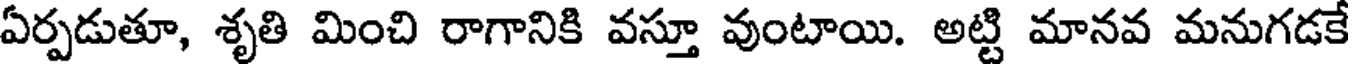
ఏర్పడుతూ, శృతి మించి రాగానికి వస్తూ వుంటాయి. అట్టి మానవ మనుగడకే